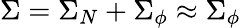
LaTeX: \Sigma=\Sigma_{N}+\Sigma_{\phi}\approx\Sigma_{\phi}